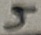
Text: 5